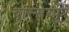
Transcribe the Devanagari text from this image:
वास्सेय्पुर